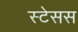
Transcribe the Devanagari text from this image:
स्टेसस